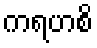
ကရဟစိ